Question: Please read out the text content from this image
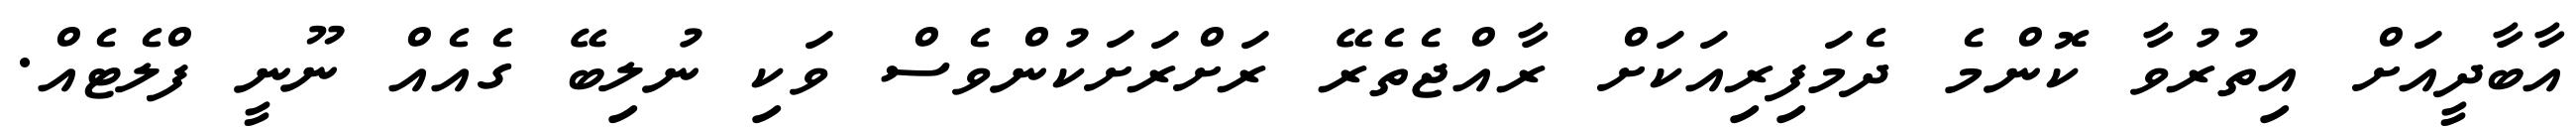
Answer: އާބާދީއަށް އިތުރުވާ ކޮންމެ ދެމަފިރިއަކަށް ރާއްޖެތެރޭ ރަށްރަށަކުންވެސް ވަކި ނުލިބޭ ގެއެއް ނޫނީ ފްލެޓެއް.